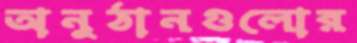
অনুঠানগুলোর